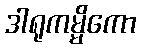
ဒါရုကမ္မိကော